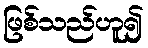
ဖြစ်သည်ဟူ၍